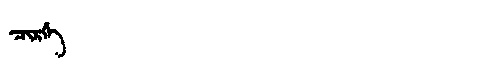
Manchu: ᠴᡳᡵᡤᡝ
Romanization: CIRGE